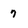
Character: 7